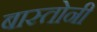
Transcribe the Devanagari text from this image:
बास्तोनी